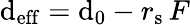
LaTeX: \mathrm{d}_{\mathrm{{eff}}}=\mathrm{d}_{0}-r_{\mathrm{{s}}}\, F